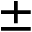
\pm